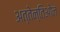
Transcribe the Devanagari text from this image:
अत्तेन्तिओन